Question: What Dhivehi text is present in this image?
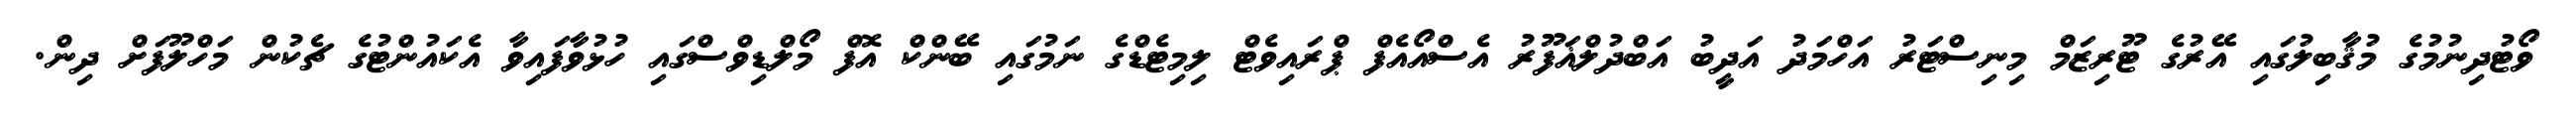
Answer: ވޯޓުދިނުމުގެ މުޤާބިލުގައި އޭރުގެ ޓޫރިޒަމް މިނިސްޓަރު އަހްމަދު އަދީބު އަބްދުލްޣަފޫރު އެސްއޯއެފް ޕްރައިވެޓް ލިމިޓެޑްގެ ނަމުގައި ބޭންކް އޮފް މޯލްޑިވްސްގައި ހުޅުވާފައިވާ އެކައުންޓުގެ ޗެކުން މަހްލޫފަށް ދިން.